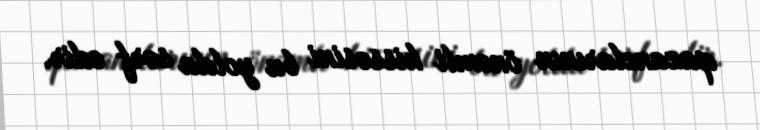
qazanclarının önəmli hissəsini bu yolda sərf edir.